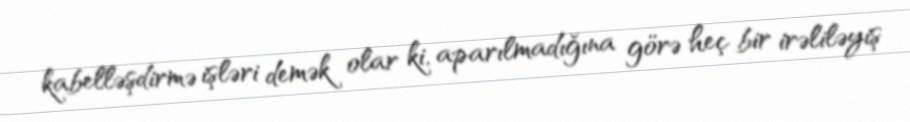
kabelləşdirmə işləri demək olar ki, aparılmadığına görə heç bir irəliləyiş